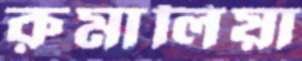
রুমালিয়া